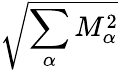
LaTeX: \sqrt{\sum_{\alpha}M_{\alpha}^{2}}